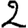
Digit: 2